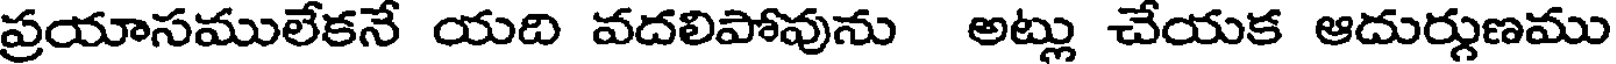
ప్రయాసములేకనే యది వదలిపోవును అట్లు చేయక ఆదుర్గుణము